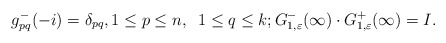
\begin{align*}g^-_{pq}(-i)=\delta_{pq},1\le p \le n,\;\; 1\le q\le k;G^-_{1,\varepsilon}(\infty)\cdot G^+_{1,\varepsilon}(\infty)=I.\end{align*}